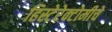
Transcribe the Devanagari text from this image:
हिस्टेरेक्टोमीचे